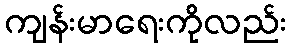
ကျန်းမာရေးကိုလည်း